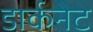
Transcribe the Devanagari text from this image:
डार्कनेट